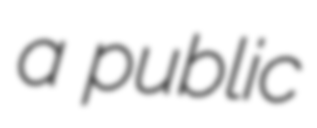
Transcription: a public